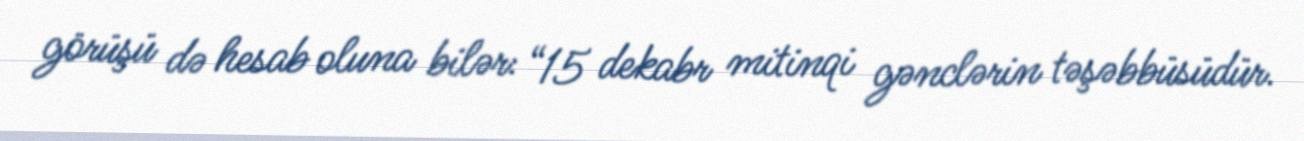
görüşü də hesab oluna bilər: “15 dekabr mitinqi gənclərin təşəbbüsüdür.